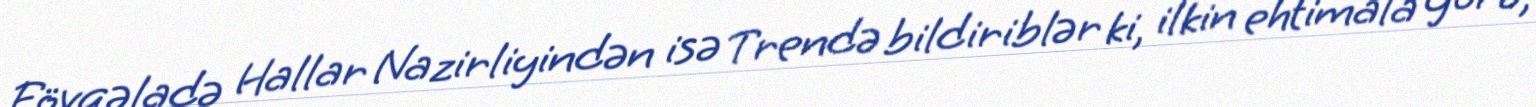
Fövqəladə Hallar Nazirliyindən isə Trendə bildiriblər ki, ilkin ehtimala görə,